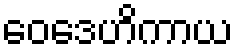
ဝေဒေဟိကာယ